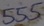
Text: 555